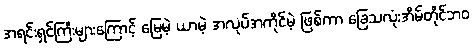
အရင်းရှင်ကြီးများကြောင့် မြေမဲ့ ယာမဲ့ အလုပ်အကိုင်မဲ့ ဖြစ်ကာ ခြေသလုံးအိမ်တိုင်ဘဝ